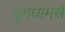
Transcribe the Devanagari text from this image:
धूमधामसे